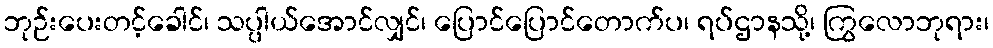
ဘုဉ်းပေးတင့်ခေါင်၊ သပ္ပါယ်အောင်လျှင်၊ ပြောင်ပြောင်တောက်ပ၊ ရပ်ဌာနသို့၊ ကြွလောဘုရား၊